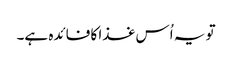
تو یہ اُس غذا کا فائدہ ہے۔